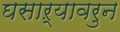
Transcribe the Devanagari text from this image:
घसाऱ्यावरुन